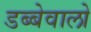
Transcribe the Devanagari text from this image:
डब्बेवालो